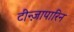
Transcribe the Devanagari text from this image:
टीन्ज़ापारिन